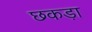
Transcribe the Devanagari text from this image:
छकड़ा